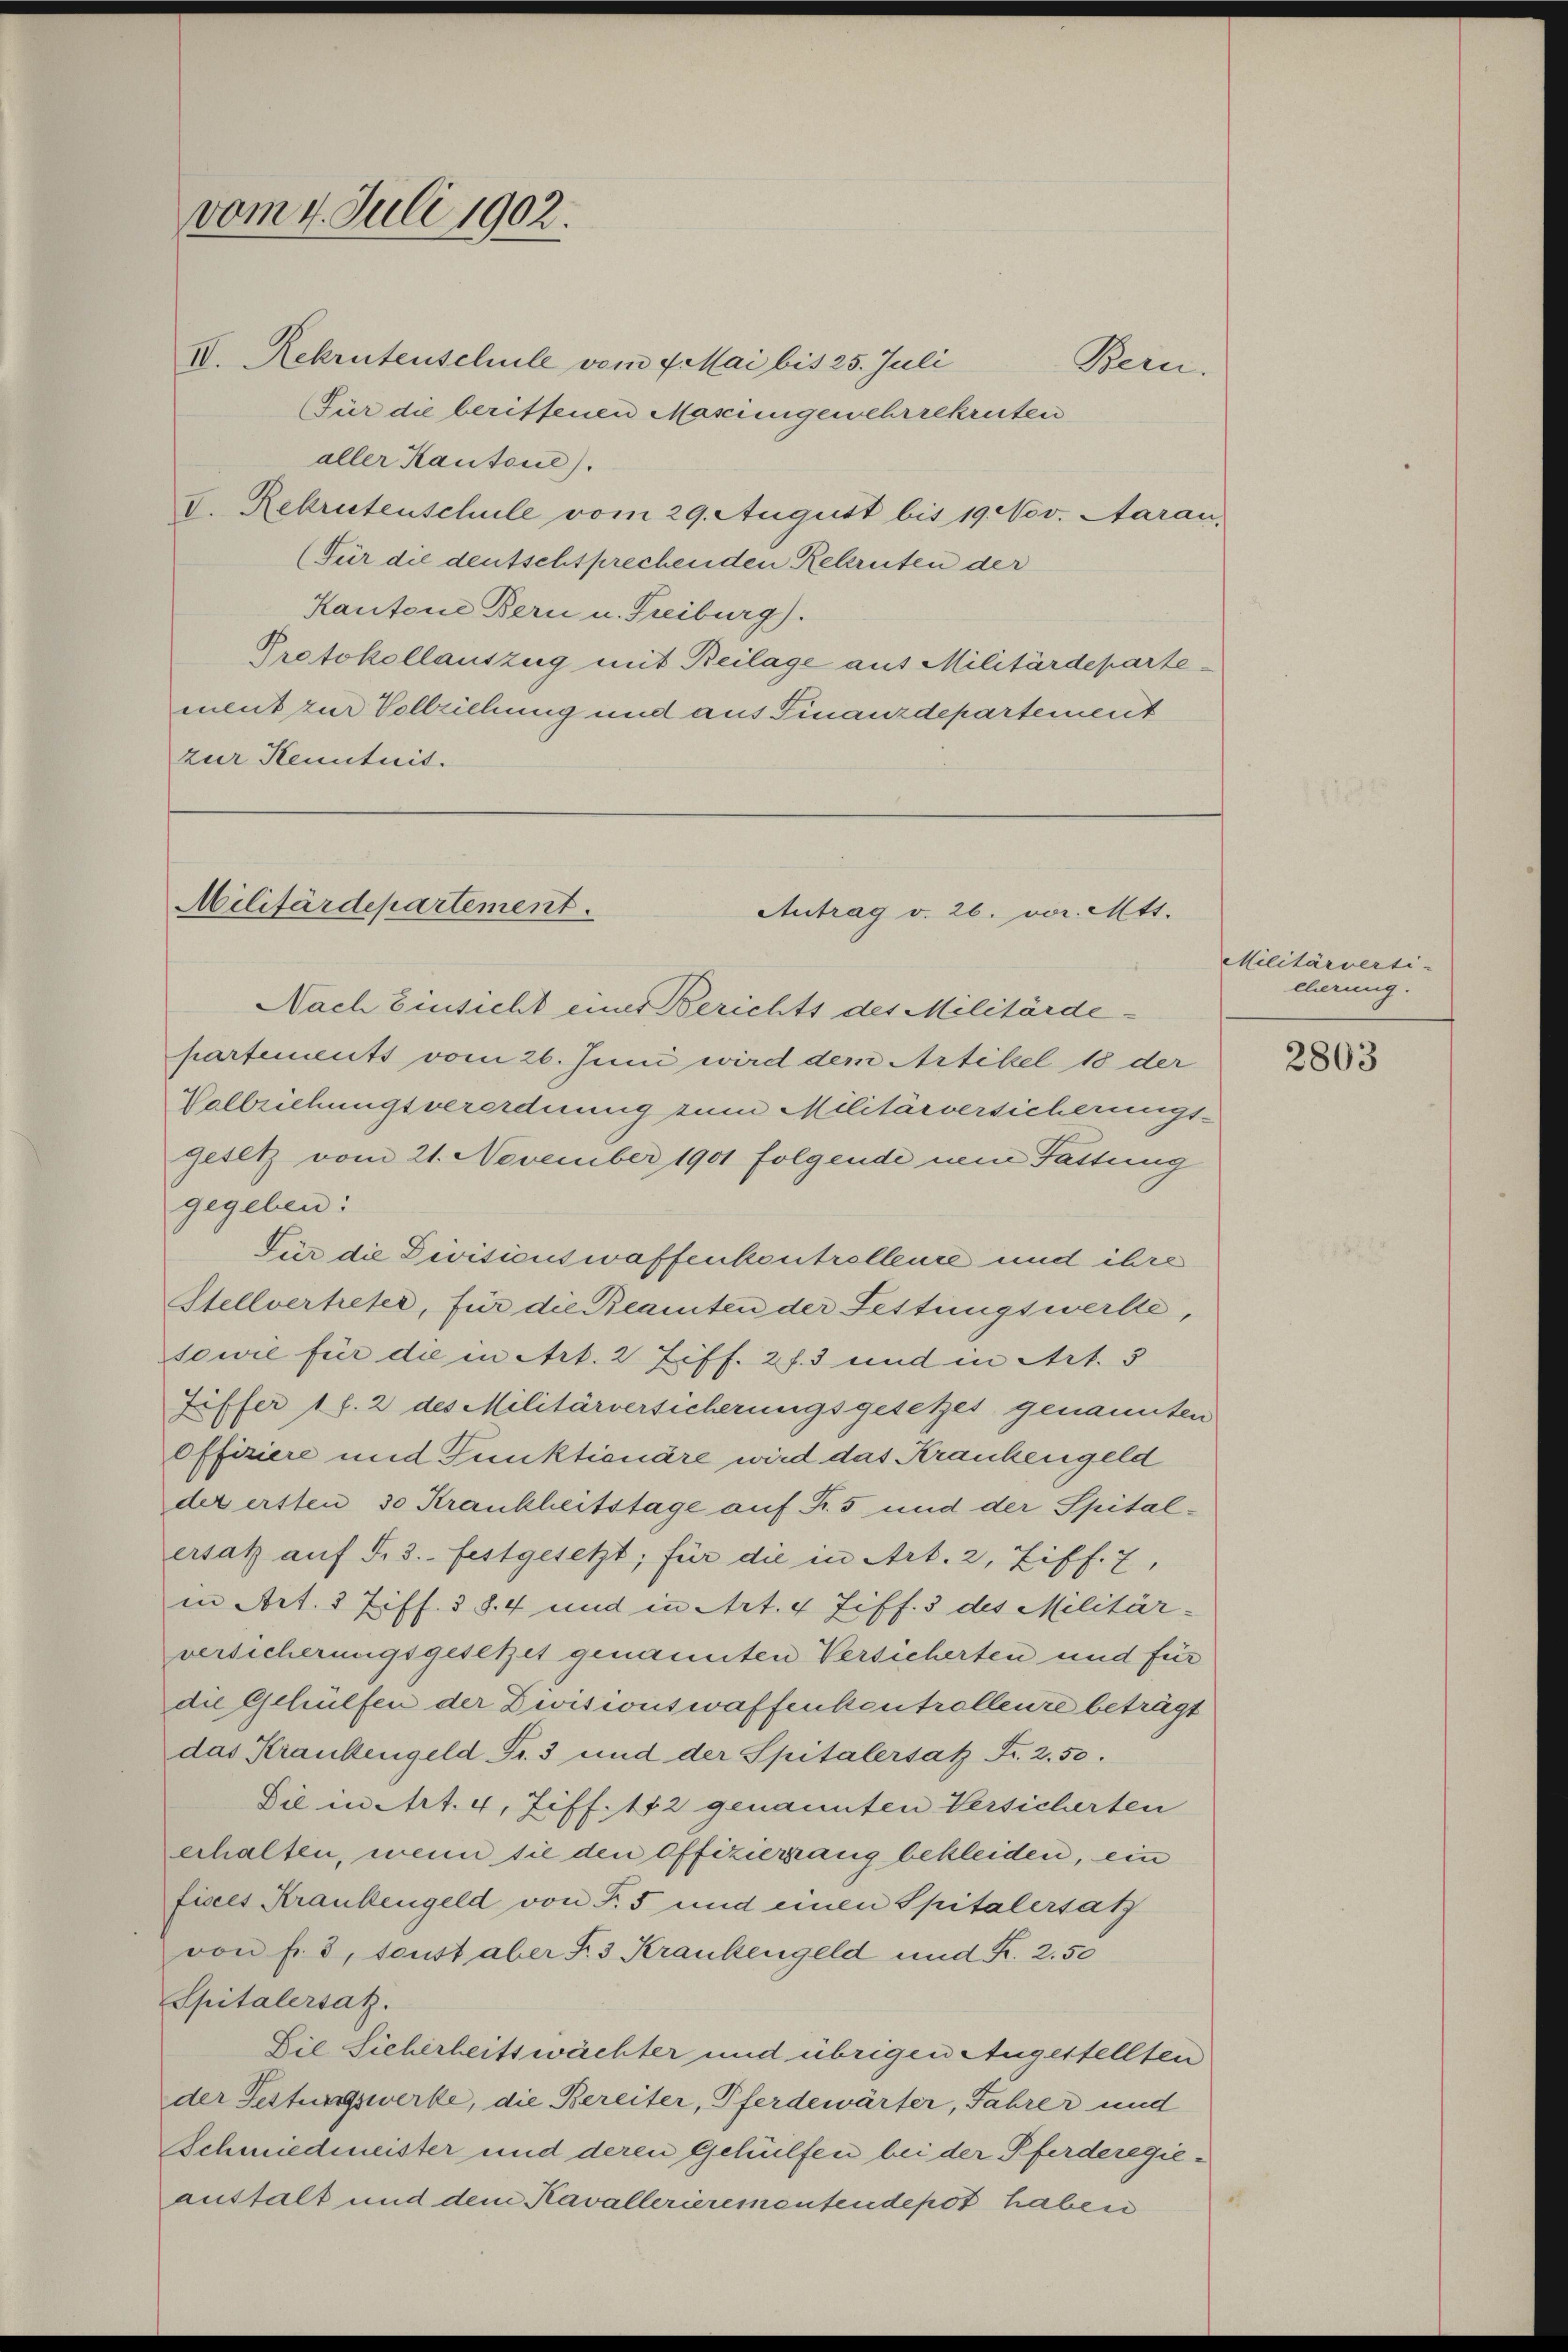
vom 4. Juli 1902.
IV. Rekrutenschule vom 7. Mai bis 25. Juli

(Für die berittenen Masingenehrrekruten
aller Kantone).
V. Rekrutenschule vom 29. August bis 19. Nov. Aarau,
(Für die deutschtprechenden Rekruten der
Kantone Bern u. Freiburg).
Protokollauszug mit Beilage aus Militärdepartement zur Vollziehung und aus Finanzdepartement
zur Kenntnis.

Bern.

Militärdepartement.
Antrag v. 26. vor. Mtt.
Nach Einsicht einer Berichts des Militärde-

partements vom 26. Juni wird dem Artikel 18 der
Vollziehungsverordnung zum Militärversicherungs-
gesetz vom 21. November 1901 folgende nein Fattung
gegeben:
Für die Divisicuswaffenkontrollence und ihre
Stellvertreter, für die Beamten der Festungswerke,
sowie für die in Art. 2 Ziff. 2 f. 3 und in Art. 5
Tiffer 1 f. 2 des Militärversicherungsgesetzes genannten
Offiziere und Funktionäre wird das Krankengeld
der ersten 30 Krankheitstage auf Fr. 5 und der Spitalersatz aŭf S. 3. festgesetzt, für die in Art. 2, Ziff. 7,
in Art. 3 Ziff. 3 S. 4 und in Art. 4 Ziff. 3 des Militär-
versicherungsgesetzet genannten Versicherten und für
die Gehülfen der Divisionswaffenkontrollenze beträgt
das Krankengeld Fr. 3 und der Spitalersatz Fr. 2.50.
Sie in Art. 4, Ziff. 112 genannten Versicherten
erhalten, wenn sie den Offiziergang bekleiden, ein
fisces Krankengeld von Fr. 5 und einen Spitalersatz
von f. 3, sonst aber Fr. 3 Krankengeld und Kr. 2.50
Spitalersatz.
Die Sicherheitswächter und übrigen Augestellten
der Seitungswerke, die Bereiter, Pferdewärter, Jahrer und
Schmiedmeister und deren Gehülfen bei der Pferderegieanstalt und dem Kavallerierementendepot haben

Militärverti-
cherung.

2803